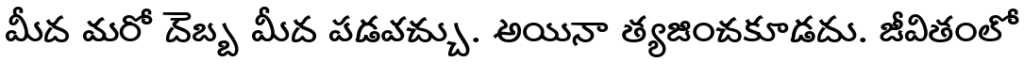
మీద మరో దెబ్బ మీద పడవచ్చు. అయినా త్యజించకూడదు. జీవితంలో